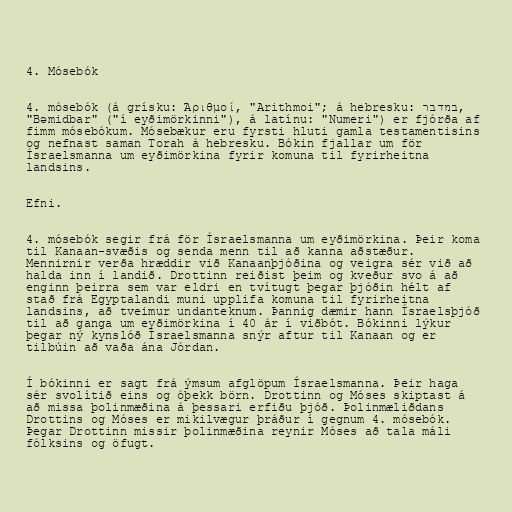
4. Mósebók

4. mósebók (á grísku: Ἀριθμοί, "Arithmoi"; á hebresku: במדבר,
"Bəmidbar" ("í eyðimörkinni"), á latínu: "Numeri") er fjórða af
fimm mósebókum. Mósebækur eru fyrsti hluti gamla testamentisins
og nefnast saman Torah á hebresku. Bókin fjallar um för
Ísraelsmanna um eyðimörkina fyrir komuna til fyrirheitna
landsins.

Efni.

4. mósebók segir frá för Ísraelsmanna um eyðimörkina. Þeir koma
til Kanaan-svæðis og senda menn til að kanna aðstæður.
Mennirnir verða hræddir við Kanaanþjóðina og veigra sér við að
halda inn í landið. Drottinn reiðist þeim og kveður svo á að
enginn þeirra sem var eldri en tvítugt þegar þjóðin hélt af
stað frá Egyptalandi muni upplifa komuna til fyrirheitna
landsins, að tveimur undanteknum. Þannig dæmir hann Ísraelsþjóð
til að ganga um eyðimörkina í 40 ár í viðbót. Bókinni lýkur
þegar ný kynslóð Ísraelsmanna snýr aftur til Kanaan og er
tilbúin að vaða ána Jórdan.

Í bókinni er sagt frá ýmsum afglöpum Ísraelsmanna. Þeir haga
sér svolítið eins og óþekk börn. Drottinn og Móses skiptast á
að missa þolinmæðina á þessari erfiðu þjóð. Þolinmæliðdans
Drottins og Móses er mikilvægur þráður í gegnum 4. mósebók.
Þegar Drottinn missir þolinmæðina reynir Móses að tala máli
fólksins og öfugt.